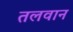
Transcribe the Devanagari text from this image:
तलवान